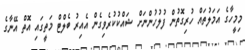
މިމީހާގެ އަމަލުތައް ހުރިގޮތުން ފުލުހުންނަށް ޝައްކުކުރެވިގެން އެއިރު ބެލްޓް މަތީގައި އޮތް އޭނާގެ